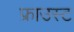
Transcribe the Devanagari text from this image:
फ्राउस्ट